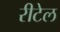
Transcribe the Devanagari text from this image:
रीटेल